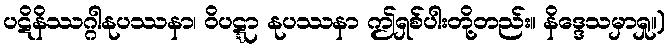
ပဋိနိဿဂ္ဂါနုပဿနာ၊ ဝိပဋ္ဋာ နုပဿနာ ဤရှစ်ပါးတို့တည်း။ နိဒ္ဒေသမှာရှု။)